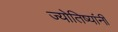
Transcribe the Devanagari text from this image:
ज्योतिष्यांनी